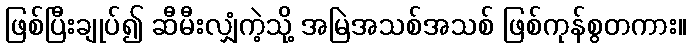
ဖြစ်ပြီးချုပ်၍ ဆီမီးလျှံကဲ့သို့ အမြဲအသစ်အသစ် ဖြစ်ကုန်စွတကား။